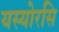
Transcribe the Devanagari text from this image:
यस्योरसि